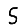
Digit: 5